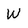
Character: W